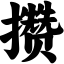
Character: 攒